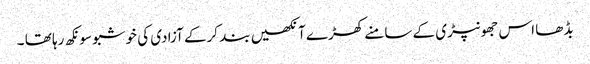
بڈھا اس جھونپڑی کے سامنے کھڑے آنکھیں بند کرکے آزادی کی خوشبو سونکھ رہا تھا ۔